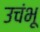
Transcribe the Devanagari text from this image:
उचंभू